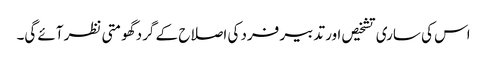
اس کی ساری تشخیص اور تدبیر فرد کی اصلاح کے گرد گھومتی نظر آئے گی۔